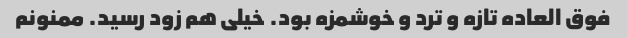
فوق العاده تازه و ترد و خوشمزه بود. خیلی هم زود رسید. ممنونم